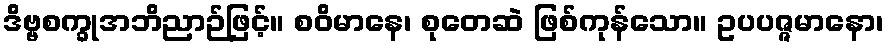
ဒိဗ္ဗစက္ခုအဘိညာဉ်ဖြင့်။ စဝိမာနေ၊ စုတေဆဲ ဖြစ်ကုန်သော။ ဥပပဇ္ဇမာနော၊